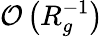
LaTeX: \mathcal{O}\left(R_{g}^{-1}\right)